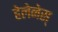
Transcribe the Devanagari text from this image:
हेलेनेस्